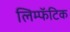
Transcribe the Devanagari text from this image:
लिम्फॅटिक